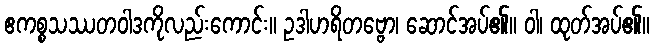
ဧကစ္စသဿတဝါဒကိုလည်းကောင်း။ ဥဒါဟရိတဗ္ဗော၊ ဆောင်အပ်၏။ ဝါ၊ ထုတ်အပ်၏။